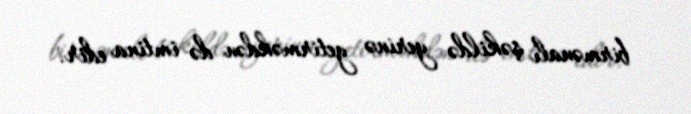
birmənalı şəkildə yerinə yetirməkdən də imtina edir.